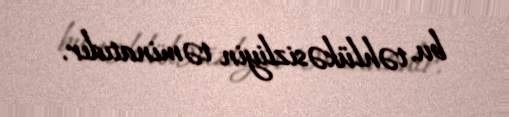
bu, təhlükəsizliyin təminatıdır.